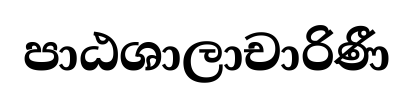
පාඨශාලාචාරිණී